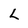
Character: L